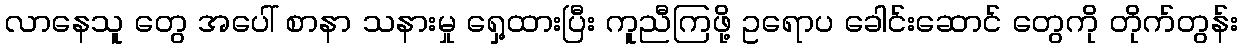
လာနေသူ တွေ အပေါ် စာနာ သနားမှု ရှေ့ထားပြီး ကူညီကြဖို့ ဥရောပ ခေါင်းဆောင် တွေကို တိုက်တွန်း